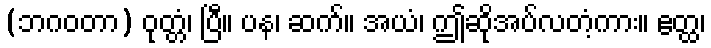
(ဘဂဝတာ) ဝုတ္တံ၊ ပြီ။ ပန၊ ဆက်။ အယံ၊ ဤဆိုအပ်လတံ့ကား။ ဧတ္ထ၊